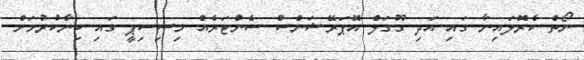
ނޯތް ކެރޮލައިނާ ގައި އަދި ގޫގަލް އޮޕަރޭޝަންސް ސެންޓަރެއް މިސިސިޕީ ގައި ބިނާކުރުމަށް